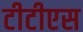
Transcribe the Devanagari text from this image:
टीटीएस